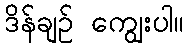
ဒိန်ချဉ် ကျွေးပါ။